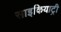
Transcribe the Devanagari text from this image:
साइकियाट्री